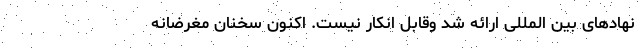
نهادهای بین المللی ارائه شد وقابل انکار نیست. اکنون سخنان مغرضانه